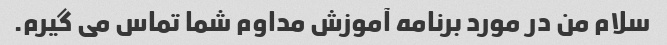
سلام من در مورد برنامه آموزش مداوم شما تماس می گیرم.